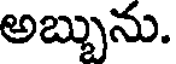
అబ్బును.